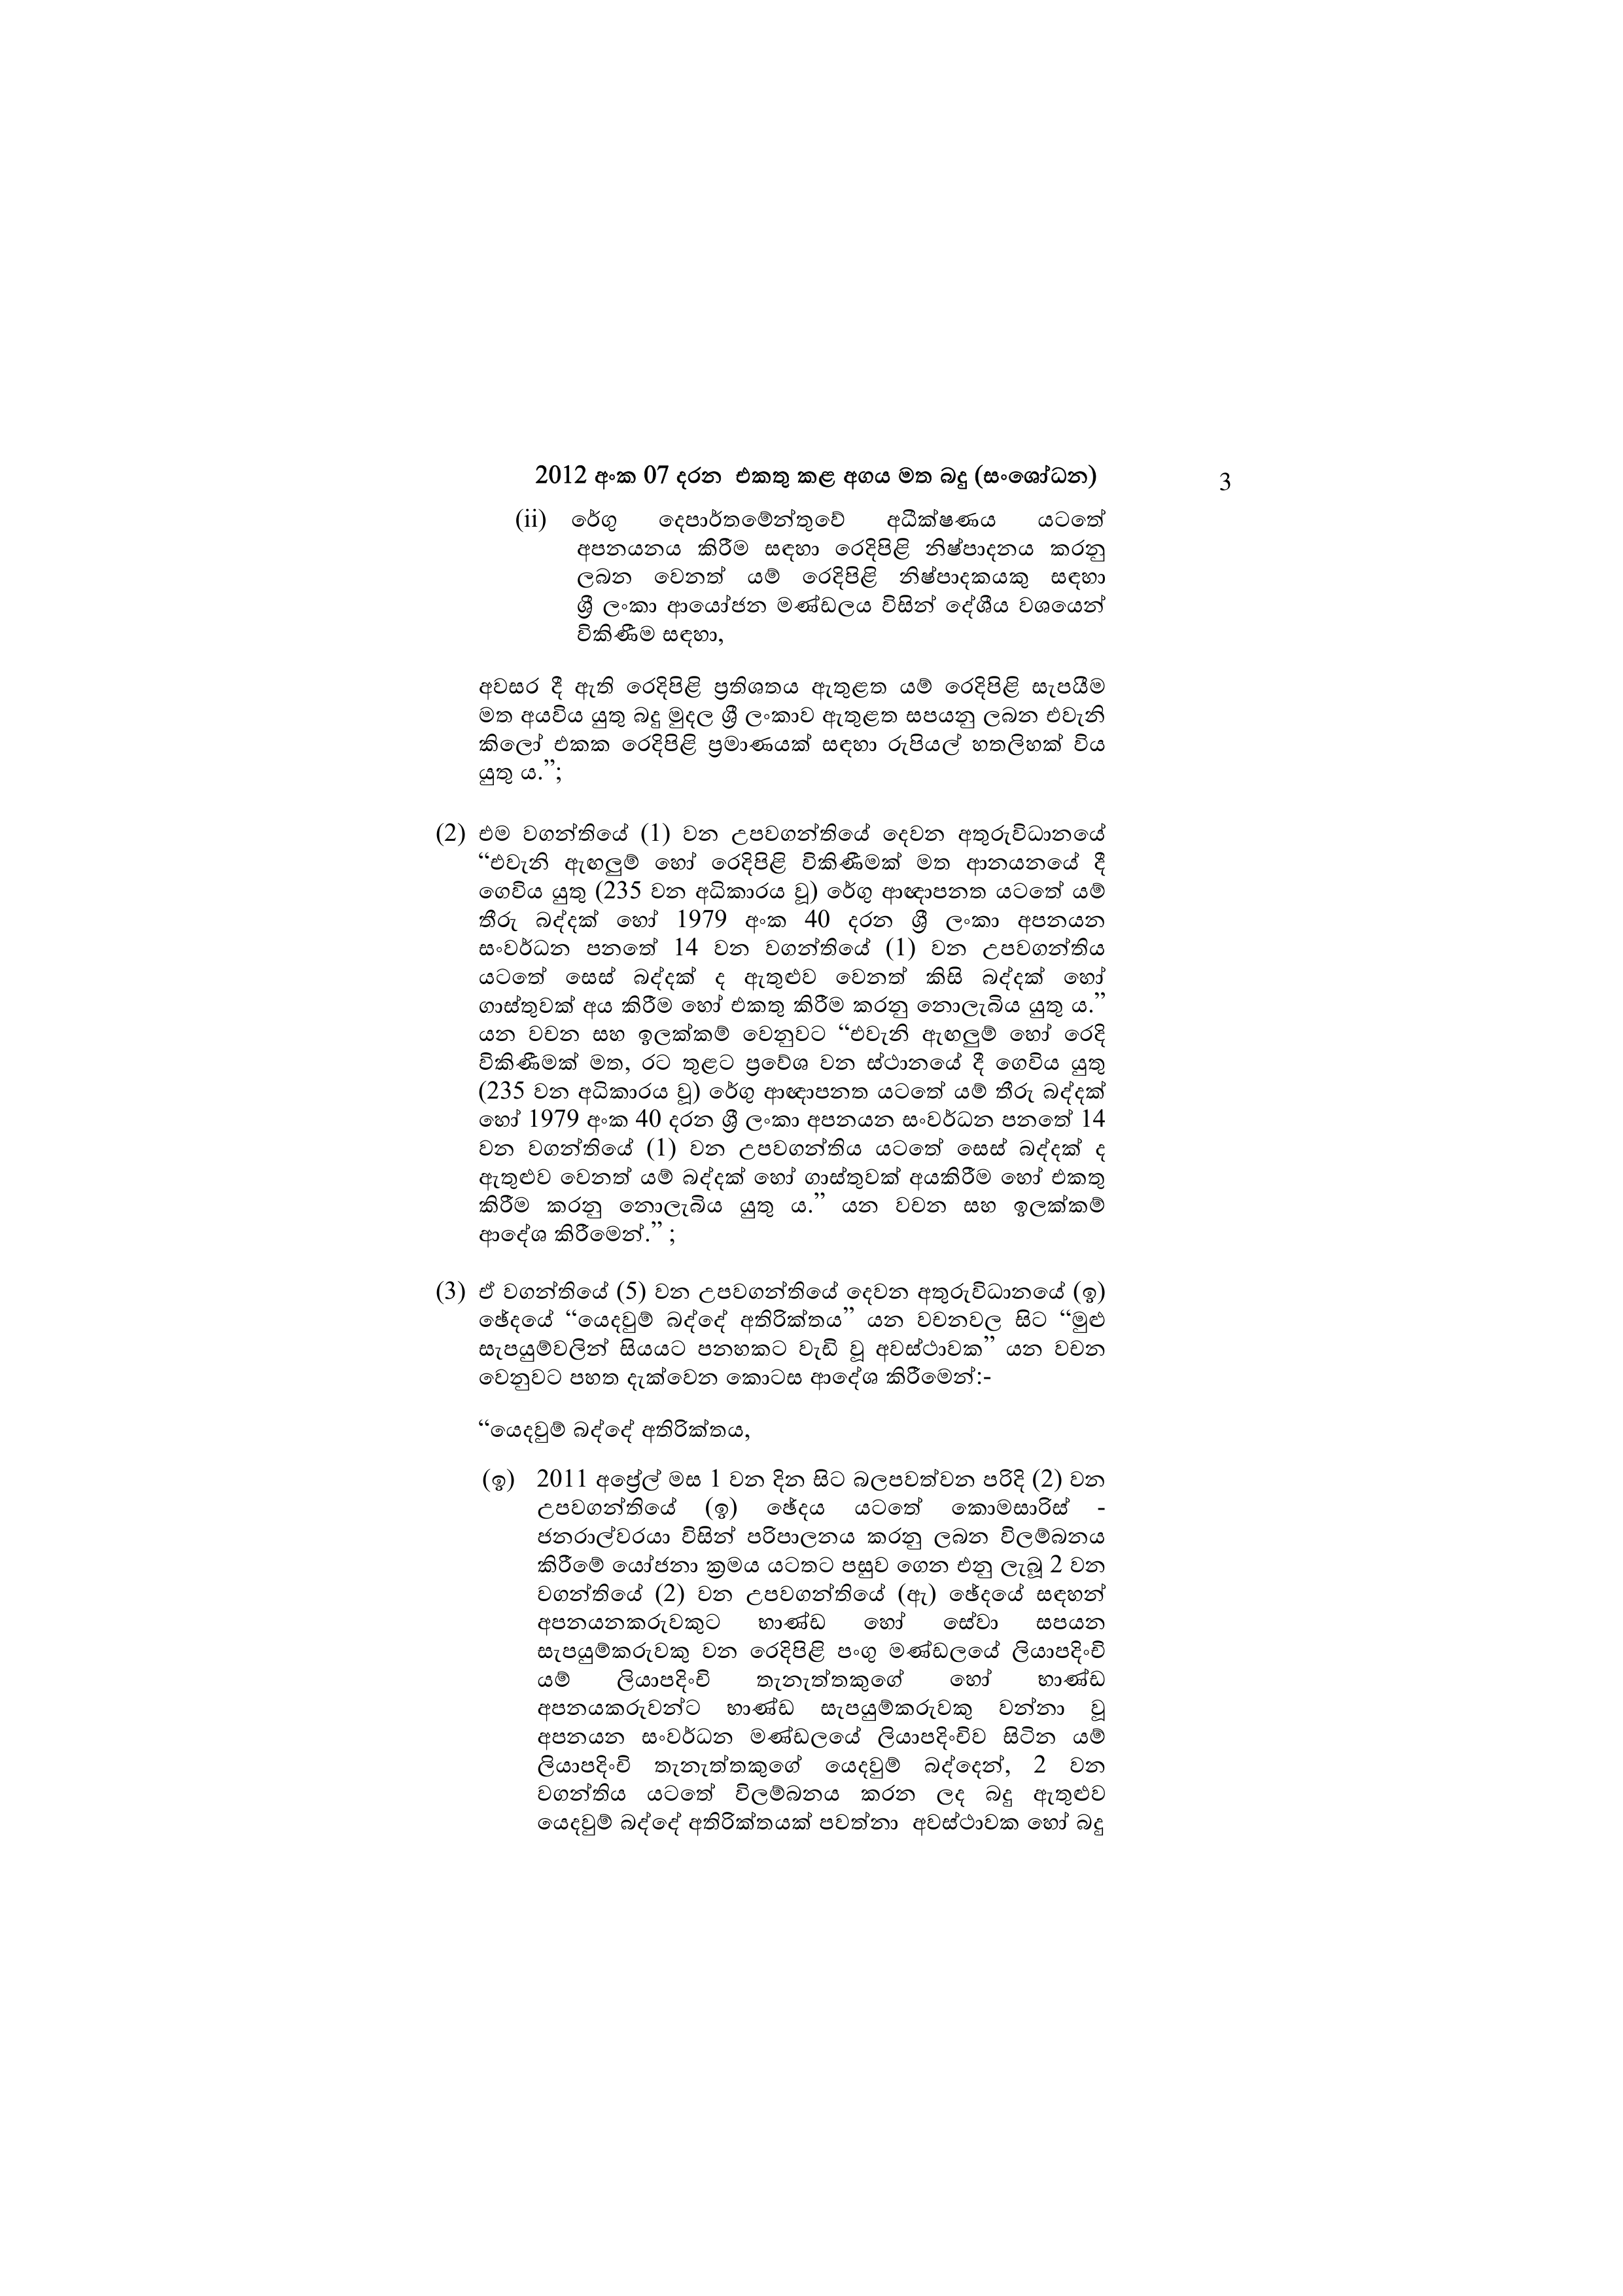
2012 අංක 07 දරන එකතු කළ අගය මත බදු (සංශෝධන) 3

(ii) රේගු දෙපාර්තමේන්තුවේ අධීක්ෂණය යටතේ
අපනයනය කිරීම සඳහා රෙදිපිළි නිෂ්පාදනය කරනු
ලබන වෙනත් යම් රෙදිපිළි නිෂ්පාදකයකු සඳහා
ශ්‍රී ලංකා ආයෝජන මණ්ඩලය විසින් දේශීය වශයෙන්
විකිණීම සඳහා,

අවසර දී ඇති රෙදිපිළි ප්‍රතිශතය ඇතුළත යම් රෙදිපිළි සැපයීම
මත අයවිය යුතු බදු මුදල ශ්‍රී ලංකාව ඇතුළත සපයනු ලබන එවැනි
කිලෝ එකක රෙදිපිළි ප්‍රමාණයක් සඳහා රුපියල් හතලිහක් විය
යුතු ය.”;

(2) එම වගන්තියේ (1) වන උපවගන්තියේ දෙවන අතුරුවිධානයේ
“එවැනි ඇඟලුම් හෝ රෙදිපිළි විකිණීමක් මත ආනයනයේ දී
ගෙවිය යුතු (235 වන අධිකාරය වූ) රේගු ආඥාපනත යටතේ යම්
තීරු බද්දක් හෝ 1979 අංක 40 දරන ශ්‍රී ලංකා අපනයන
සංවර්ධන පනතේ 14 වන වගන්තියේ (1) වන උපවගන්තිය
යටතේ සෙස් බද්දක් ද ඇතුළුව වෙනත් කිසි බද්දක් හෝ
ගාස්තුවක් අය කිරීම හෝ එකතු කිරීම කරනු නොලැබිය යුතු ය."
යන වචන සහ ඉලක්කම් වෙනුවට “එවැනි ඇඟලුම් හෝ රෙදි
විකිණීමක් මත, රට තුළට ප්‍රවේශ වන ස්ථානයේ දී ගෙවිය යුතු
(235 වන අධිකාරය වූ) රේගු ආඥාපනත යටතේ යම් තීරු බද්දක්
හෝ 1979 අංක 40 දරන ශ්‍රී ලංකා අපනයන සංවර්ධන පනතේ 14
වන වගන්තියේ (1) වන උපවගන්තිය යටතේ සෙස් බද්දක් ද
ඇතුළුව වෙනත් යම් බද්දක් හෝ ගාස්තුවක් අයකිරීම හෝ එකතු
කිරීම කරනු නොලැබිය යුතු ය.” යන වචන සහ ඉලක්කම්
ආදේශ කිරීමෙන්.";

(3) ඒ වගන්තියේ (5) වන උපවගන්තියේ දෙවන අතුරුවිධානයේ (ඉ)
ඡේදයේ “යෙදවුම් බද්දේ අතිරික්තය” යන වචනවල සිට “මුළු
සැපයුම්වලින් සියයට පනහකට වැඩි වූ අවස්ථාවක” යන වචන
වෙනුවට පහත දැක්වෙන කොටස ආදේශ කිරීමෙන්:-

“යෙදවුම් බද්දේ අතිරික්තය,

(ඉ) 2011 අප්‍රේල් මස 1 වන දින සිට බලපවත්වන පරිදි (2) වන
උපවගන්තියේ (ඉ) ඡේදය යටතේ කොමසාරිස් -
ජනරාල්වරයා විසින් පරිපාලනය කරනු ලබන විලම්බනය
කිරීමේ යෝජනා ක්‍රමය යටතට පසුව ගෙන එනු ලැබූ 2 වන
වගන්තියේ (2) වන උපවගන්තියේ (ඇ) ඡේදයේ සඳහන්
අපනයනකරුවකුට භාණ්ඩ හෝ සේවා සපයන
සැපයුම්කරුවකු වන රෙදිපිළි පංගු මණ්ඩලයේ ලියාපදිංචි
යම් ලියාපදිංචි තැනැත්තකුගේ හෝ භාණ්ඩ
අපනයකරුවන්ට – භාණ්ඩ සැපයුම්කරුවකු වන්නා වූ
අපනයන සංවර්ධන මණ්ඩලයේ ලියාපදිංචිව සිටින යම්
ලියාපදිංචි තැනැත්තකුගේ යෙදවුම් බද්දෙන්, 2 වන
වගන්තිය යටතේ විලම්බනය කරන ලද බදු ඇතුළුව
යෙදවුම් බද්දේ අතිරික්තයක් පවත්නා අවස්ථාවක හෝ බදු